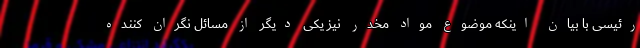
رئیسی با بیان اینکه موضوع مواد مخدر نیز یکی دیگر از مسائل نگران کننده